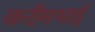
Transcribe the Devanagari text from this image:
करीमभाई